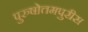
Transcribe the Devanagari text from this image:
पुरुषोत्तमपुरीस